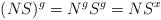
LaTeX: \begin{align*}(NS)^g = N^g S^g = N S^x \end{align*}